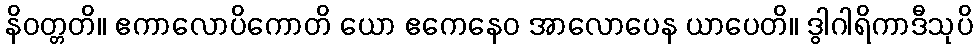
နိဝတ္တတိ။ ဧကာလောပိကောတိ ယော ဧကေနေဝ အာလောပေန ယာပေတိ။ ဒွါဂါရိကာဒီသုပိ